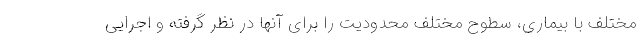
مختلف با بیماری، سطوح مختلف محدودیت را برای آنها در نظر گرفته و اجرایی